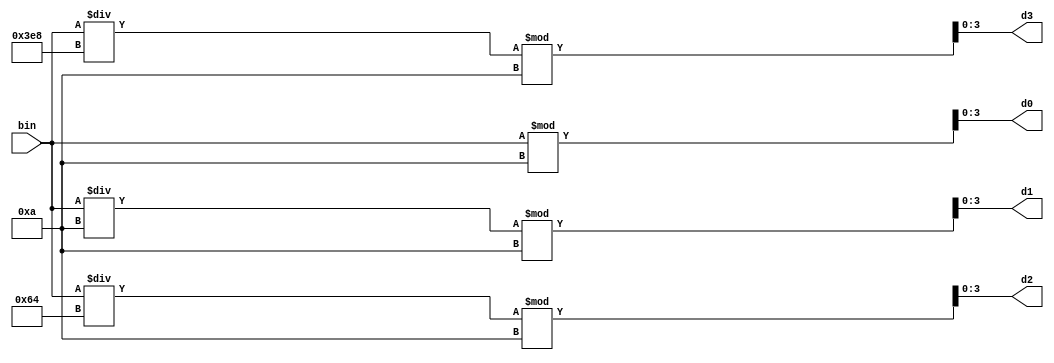
module BinaryToDecimal16(
    input wire [15:0] bin,
    output wire [3:0] d0, // Least significant digit
    output wire [3:0] d1,
    output wire [3:0] d2,
    output wire [3:0] d3  // Most significant digit
);
    // Convert the binary input to decimal digits
    assign d0 = bin % 10;
    assign d1 = (bin / 10) % 10;
    assign d2 = (bin / 100) % 10;
    assign d3 = (bin / 1000) % 10;
endmodule